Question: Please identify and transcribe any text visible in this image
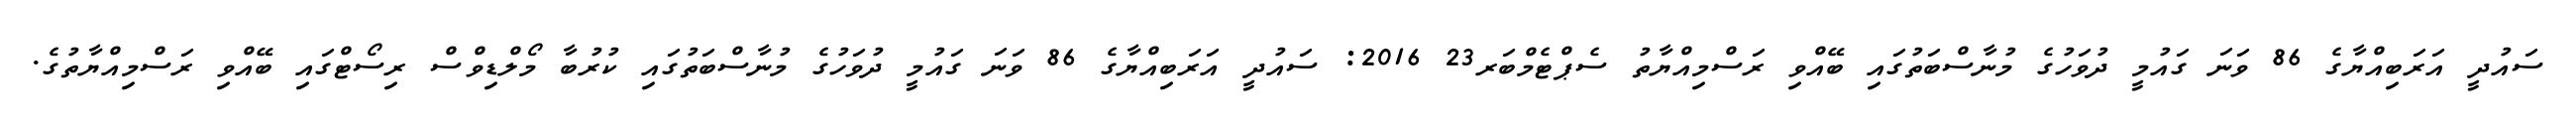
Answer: ސައުދީ އަރަބިއްޔާގެ 86 ވަނަ ގައުމީ ދުވަހުގެ މުނާސްބަތުގައި ބޭއްވި ރަސްމިއްޔާތު ސެޕްޓެމްބަރ23 2016: ސައުދީ އަރަބިއްޔާގެ 86 ވަނަ ގައުމީ ދުވަހުގެ މުނާސްބަތުގައި ކުރުބާ މޯލްޑިވްސް ރިސޯޓްގައި ބޭއްވި ރަސްމިއްޔާތުގެ.